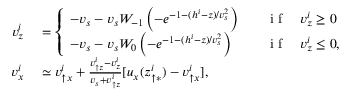
\begin{array} { r l } { v _ { z } ^ { i } } & { { } = \left\{ \begin{array} { l l } { - v _ { s } - v _ { s } W _ { - 1 } \left( - e ^ { - 1 - ( h ^ { i } - z ) / v _ { s } ^ { 2 } } \right) } & { \quad \mathrm { ~ i ~ f ~ } \quad v _ { z } ^ { i } \geq 0 } \\ { - v _ { s } - v _ { s } W _ { 0 } \left( - e ^ { - 1 - ( h ^ { i } - z ) / v _ { s } ^ { 2 } } \right) } & { \quad \mathrm { ~ i ~ f ~ } \quad v _ { z } ^ { i } \leq 0 , } \end{array} \right. } \\ { v _ { x } ^ { i } } & { { } \simeq v _ { \uparrow x } ^ { i } + \frac { v _ { \uparrow z } ^ { i } - v _ { z } ^ { i } } { v _ { s } + v _ { \uparrow z } ^ { i } } [ u _ { x } ( z _ { \uparrow \ast } ^ { i } ) - v _ { \uparrow x } ^ { i } ] , } \end{array}